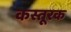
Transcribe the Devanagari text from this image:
कस्तूरक